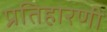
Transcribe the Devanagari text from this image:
प्रतिहारणी